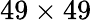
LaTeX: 49\times 49